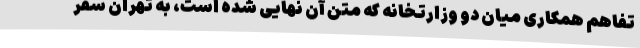
تفاهم همکاری میان دو وزارتخانه که متن آن نهایی شده است، به تهران سفر